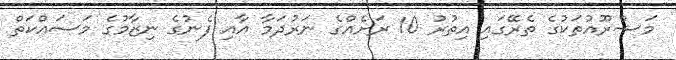
މަޝްރޫއުތަކުގެ ތެރޭގައި އިތުރު 10 ރަށެއްގެ ނަރުދަމާ އާއި ފެނުގެ ނިޒާމުގެ މަސައްކަތް